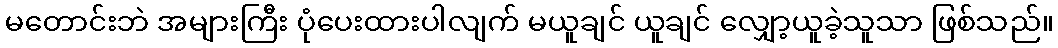
မတောင်းဘဲ အများကြီး ပုံပေးထားပါလျက် မယူချင် ယူချင် လျှော့ယူခဲ့သူသာ ဖြစ်သည်။